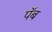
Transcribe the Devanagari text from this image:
पॅब